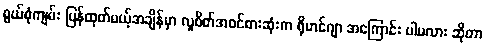
စွယ်စုံကျမ်း ပြန်ထုတ်မယ့်အချိန်မှာ လူစိတ်အဝင်စားဆုံးက ရိုဟင်ဂျာ အကြောင်း ပါမလား ဆိုတာ